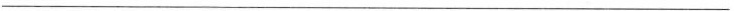
___